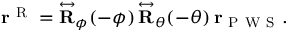
\mathbf { r } ^ { \mathrm { ~ R ~ } } = \overset \leftrightarrow { \mathbf { R } } _ { \phi } ( - \phi ) \, \overset \leftrightarrow { \mathbf { R } } _ { \theta } ( - \theta ) \, \mathbf { r } _ { \mathrm { ~ P ~ W ~ S ~ } } .